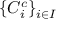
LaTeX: \{ C _ { i } ^ { c } \} _ { i \in I }